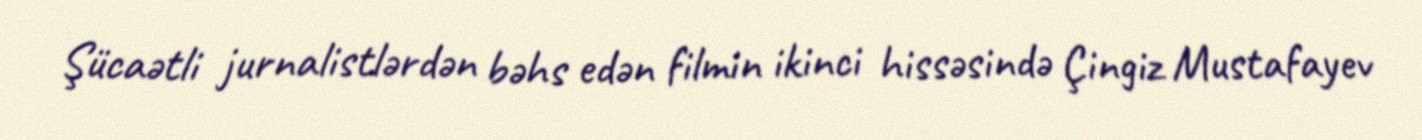
Şücaətli jurnalistlərdən bəhs edən filmin ikinci hissəsində Çingiz Mustafayev